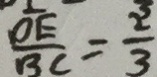
\frac { D E } { B C } = \frac { 2 } { 3 }